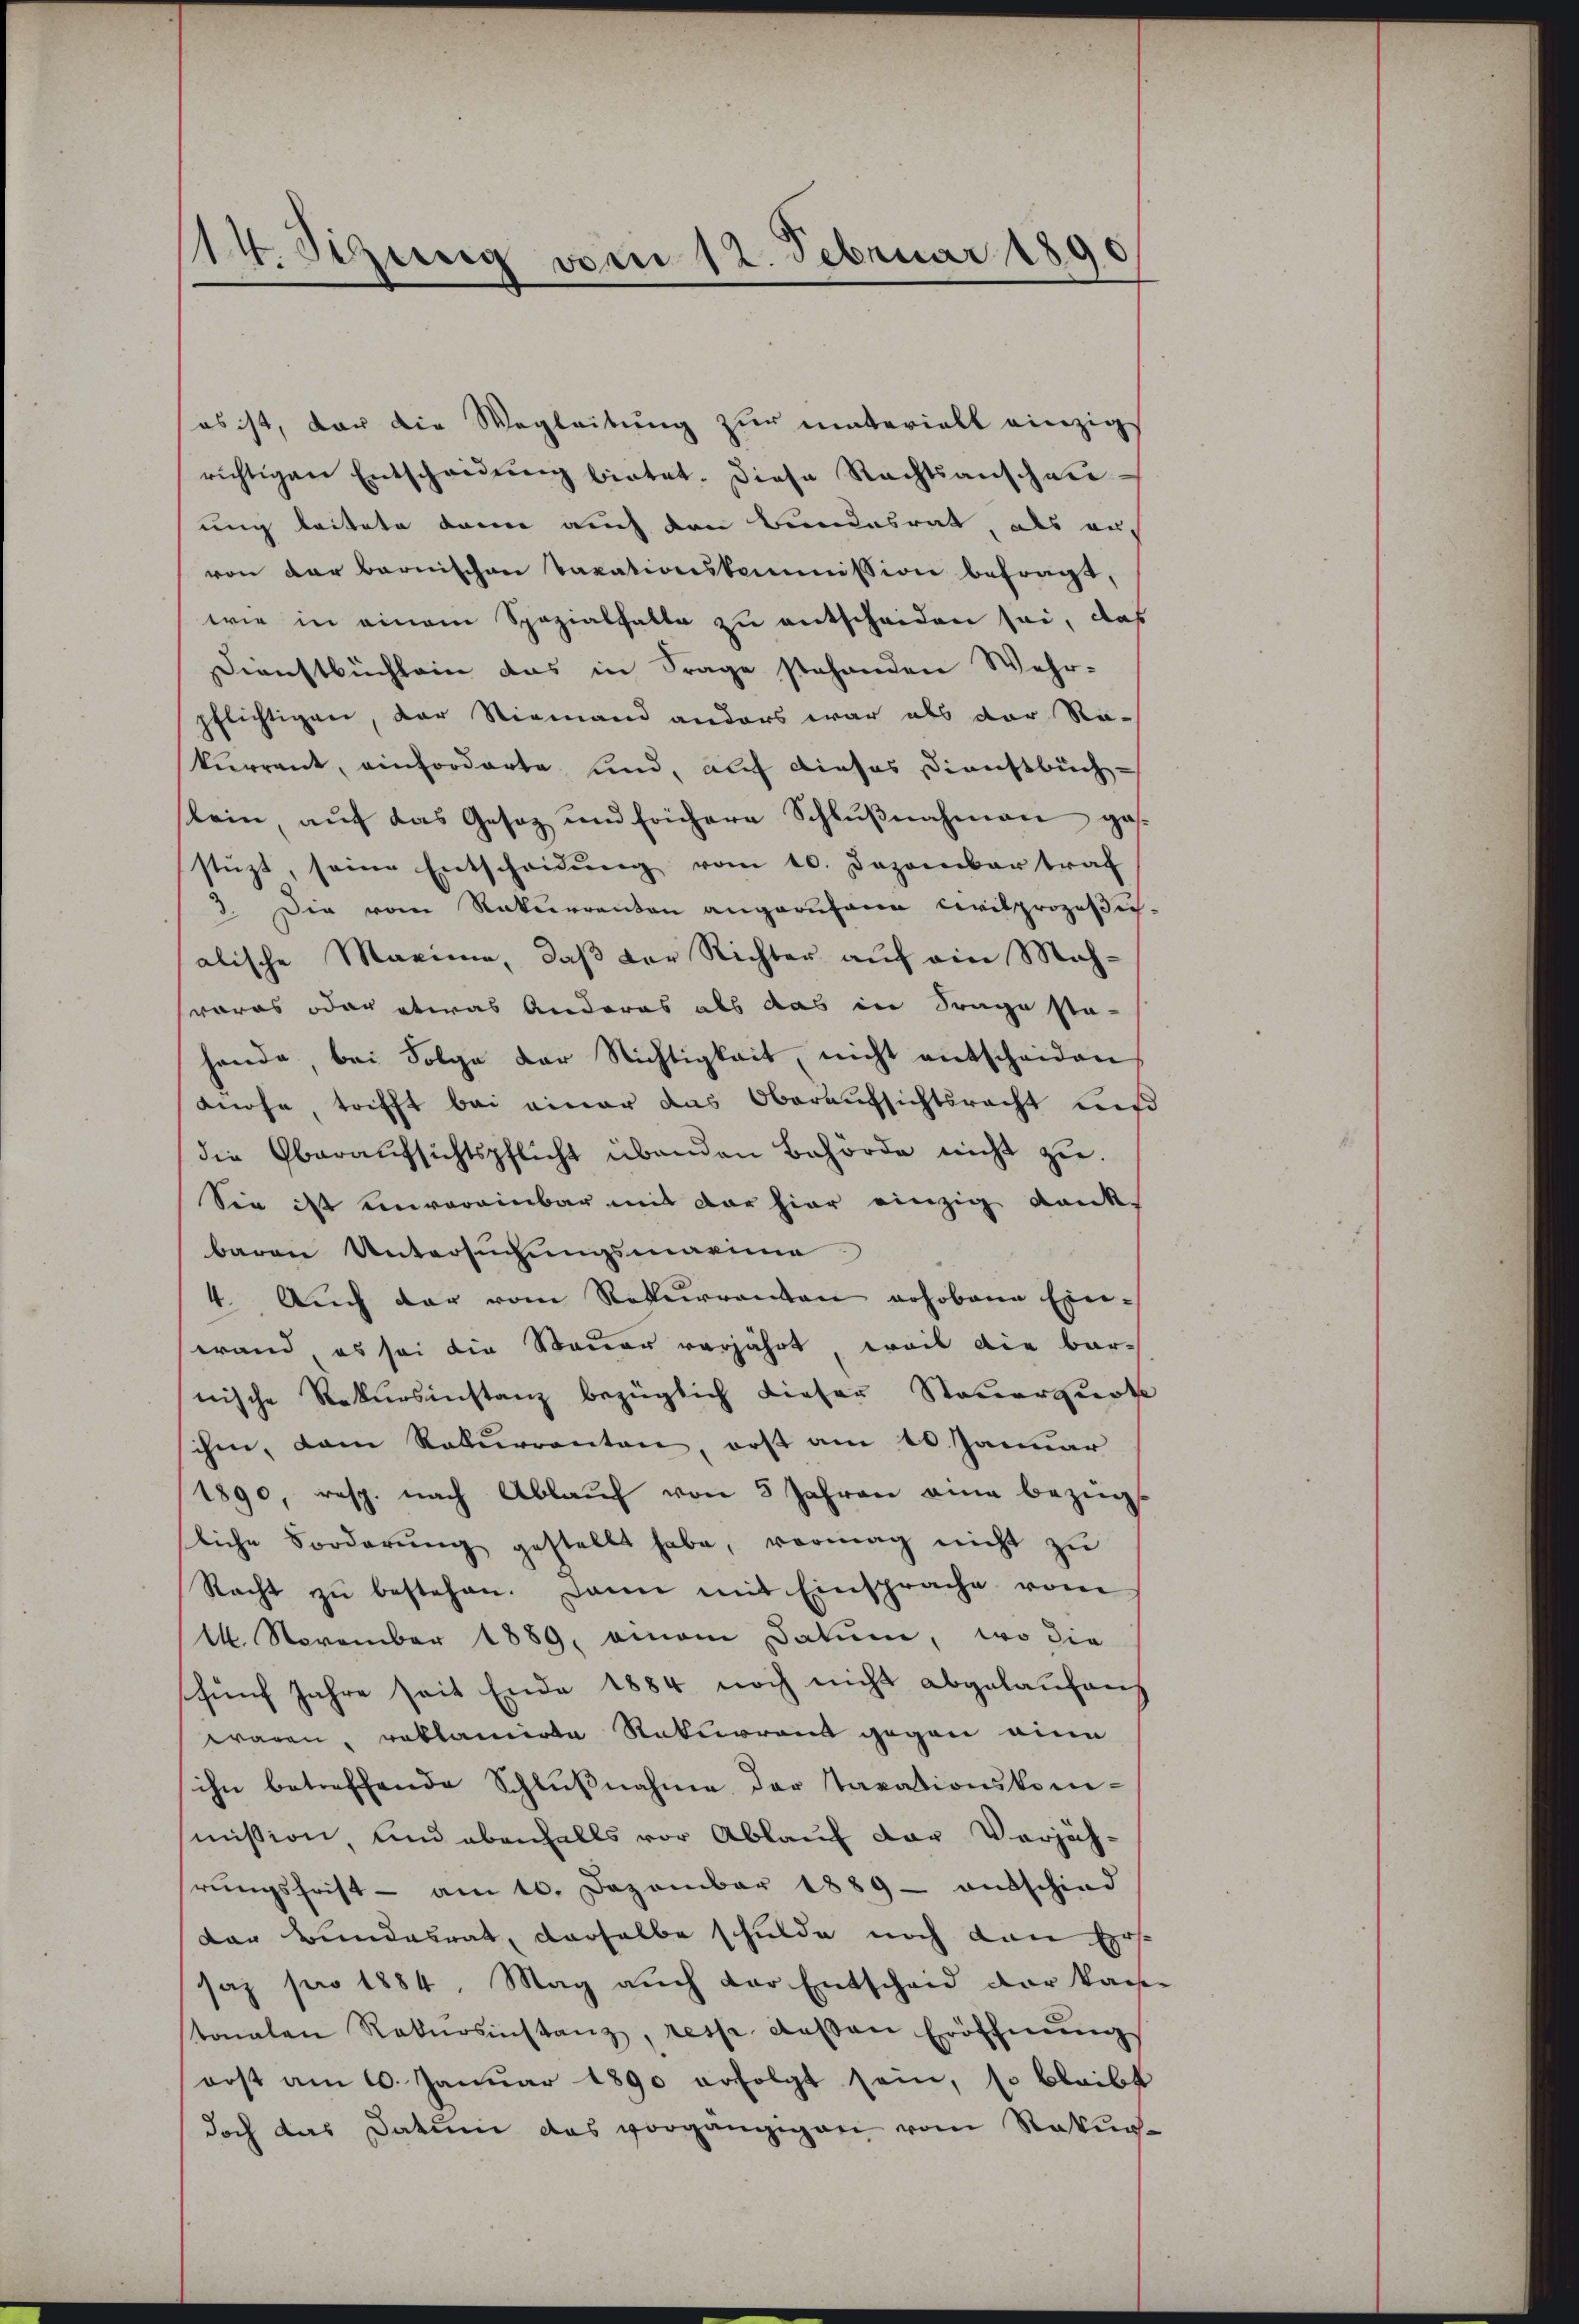
14. Sizung vom 12. Februar 1891

sos ist, der die Wegleitung zur materiell einzig
richtigen Entscheidŭng bietet. Diese Rechtsanschau-
ung leitete dann auch den Bundesrat, als auf
von der Barnischen Taxationskommission befragt,
wie in einem Spezialfalle zu entscheiden sei, das
Dienstbüchlein das in Frage stehenden Wehr-
pflichtigen, der Niemand anders war als der Re-
kurrent, einforderte und, auf dieses Dienstbuch-
lein, auf das Gesez und frühere Schlußnahmen gesstüzt, seine Entscheidung vom 10. Dezember traf
3. Die vom Rekurrenten angerufene Civilprozesich
alische Maxime, daβ der Richter aŭf ein Mah-
woros oder etwas Anderes als das in Frage sta-
hande, bei Folge der Nichtigkeit, nicht entscheiden
Knohe, trifft bei einer das Oberaufsichtsrecht unsi
die Oberaŭfsichtspflicht übenden Behörde nicht zu.
Sie ist einvereinbar mit der hier einzig dankbaren Untersuchungsmarina
4. Aŭch dar vom Rekurrenten rohobene Einwand es sei die Steuer verjährt, weil die barnische Rekursinstanz bezüglich dieser Steuerquot
ihm, dem Rekurrenten, erst am 10. Januar
1890, resp. nach Ablaŭf von 5 Jahren eine bezüg
liche Forderŭng gestellt habe, vermag nicht zu
Racht zŭ bestehen. Dann mit Einsprache vom
14. November 1889 amon Datum, wo die
fünf Jahre seit Ende 1884 noch nicht abgelaufens
waren, reklamirte Rekurrent gegen eine
ihn betreffende Schlŭβnahme der Taxationskommission, und ebenfalls vor Ablauf der Verjäh-
rŭngsfrist - am 10. Dezember 1889 entschied
der Bundesrat, derselbe schulde noch den Ers
saz pro 1884. Mag aŭch der Entscheid der kan
stonalen Rekursinstanz, resse dessen Eröffnŭngs
orst am 10. Januar 1890 erfolgt sein, so bleibt
doch das Datum das vorgängigen vom Rekur¬